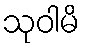
သုဝါမိ